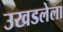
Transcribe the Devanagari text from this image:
उखडलेला